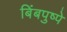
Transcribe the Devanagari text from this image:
बिंबपुष्पे